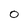
Character: 0